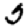
Digit: 5